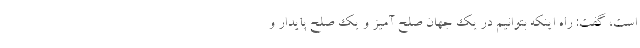
است، گفت: راه اینکه بتوانیم در یک جهان صلح آمیز و یک صلح پایدار و